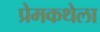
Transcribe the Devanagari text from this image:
प्रेमकथेला